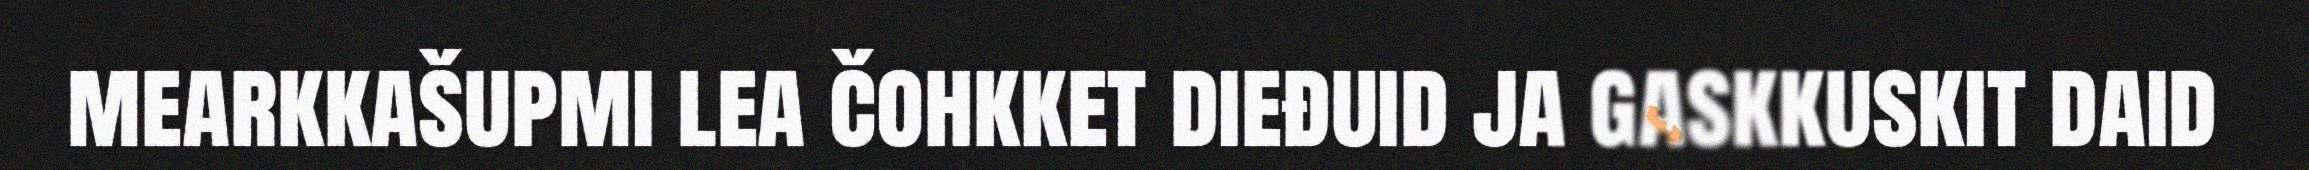
mearkkašupmi lea čohkket dieđuid ja gaskkuskit daid